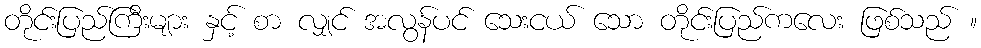
တိုင်းပြည်ကြီးများ နှင့် စာ လျှင် အလွန်ပင် သေးငယ် သော တိုင်းပြည်ကလေး ဖြစ်သည် ။